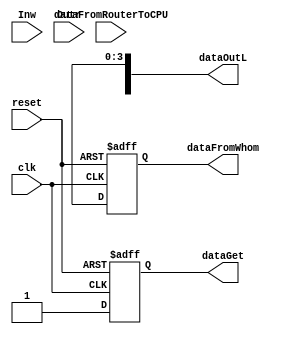
module inputCPU(
clk, reset,
dataOutL, // данные с маршрутизатора
Inw,
Outr,
dataFromRouterToCPU,
dataFromWhom,
dataGet //данные получены
);

parameter DATA_WIDTH=37;

input clk, reset;
output [DATA_WIDTH-1:0] dataOutL; 
input Inw, Outr;
output dataGet;
output [3:0] dataFromWhom;
input [DATA_WIDTH-1:0] dataFromRouterToCPU; // данные, которые попадут в ядро 

wire [DATA_WIDTH-1:0] dataFromRouterToCPU;
reg [DATA_WIDTH-1:0] dataInL;
reg [3:0] dataFromWhom;
wire Outr; 
wire Inw; 

assign Inw = Inw_L; 
assign Outr_L = Outr;


always @(posedge clk or posedge reset)
begin
	if (reset == 1'b1)
		begin
			dataFromRouterToCPU <= 0;
			dataFromWhom <= 3'b0;
			//процессор не принимает данные, маршрутизатор не отправляет
			dataGet<=0;
		end
	else
		begin
			//извлекаем из пакета данные и адрес отправителя
			Outr<=1'b1;
			Inw<=1'b1;
			dataFromRouterToCPU <= dataOutL[36:5];
			dataFromWhom <= dataOutL[3:0];
			dataGet <= 1'b1;
		end	
end

endmodule